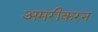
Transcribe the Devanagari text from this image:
अमरीकरन